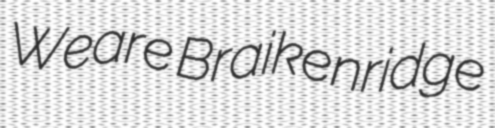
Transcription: Weare Braikenridge